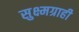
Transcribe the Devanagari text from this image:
सुक्ष्मग्राही